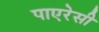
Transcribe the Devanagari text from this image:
पाएरेसी